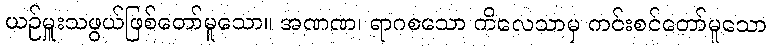
ယဉ်မှူးသဖွယ်ဖြစ်တော်မူသော။ အဏဏ၊ ရာဂစသော ကိလေသာမှ ကင်းစင်တော်မူသော